Scottish Leaving Certificate Examination, 1952
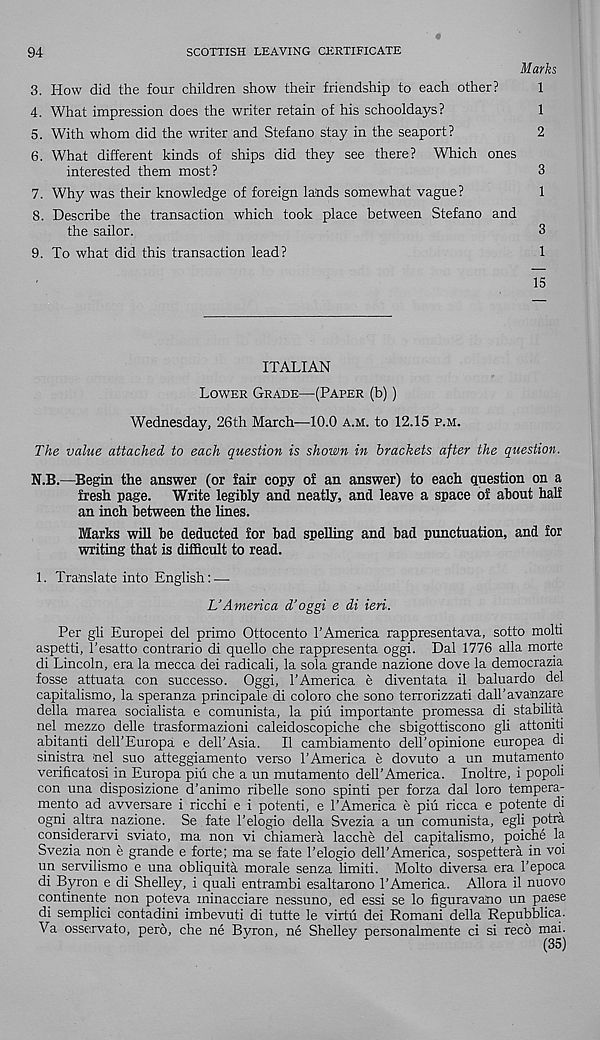
94
SCOTTISH LEAVING CERTIFICATE
Marks
3. How did the four children show their friendship to each other?
1
4. What impression does the writer retain of his schooldays?
1
5. With whom did the writer and Stefano stay in the seaport?
2
6. What different kinds of ships did they see there? Which ones
interested them most?
3
7. Why was their knowledge of foreign lands somewhat vague?
1
8. Describe the transaction which took place between Stefano and
the sailor.
3
9. To what did this transaction lead?
1
15
ITALIAN
Lower Grade—(Paper (b))
Wednesday, 26th March—10.0 a.m. to 12.15 p.m.
The value attached to each question is shown in brackets after the question.
N.B.—Begin the answer (or fair copy of an answer) to each question on a
fresh page. Write legibly and neatly, and leave a space of about half
an inch between the lines.
Marks will be deducted for bad spelling and bad punctuation, and for
writing that is difficult to read.
1. Translate into English: —
UAmerica d’oggi e di ieri.
Per gli Europe! del prime Ottocento TAmerica rappresentava, sotto molti
aspetti, T’esatto contrario di quello che rappresenta oggi. Dal 1776 alia mode
di Lincoln, era la mecca dei radical!, la sola grande nazione dove la democrazia
fosse attuata con successo. Oggi, I’America e diventata il baluardo del
capitalismo, la speranza principale di coloro che sono terrorizzati dall’avanzare
della marea socialista e comunista, la piu importante promessa di stabilita
nel mezzo delle trasformazioni caleidoscopiche che sbigottiscono gli attoniti
abitanti delTEuropa e dell’Asia. II cambiamento deU’opinione europea di
sinistra nel suo atteggiamento verso TAmerica e dovuto a un mutamento
verificatosi in Europa piu che a un mutamento delT America. Inoltre, i popoli
con una disposizione d’animo ribelle sono spinti per forza dal loro tempera-
mento ad avversare i ricchi e i potenti, e TAmerica e piu ricca e potente di
ogni altra nazione. Se fate Telogio della Svezia a un comunista, egli potra
considerarvi sviato, ma non vi chiamera lacche del capitalismo, poiche la
Svezia non e grande e forte; ma se fate Telogio delT America, sospettera in voi
un servilismo e una obliquita morale senza limiti. Molto diversa era Tepoca
di Byron e di Shelley, i quali entrambi esaltarono TAmerica. Allora il nuovo
continente non poteva minacciare nessuno, ed essi se lo figuravano un paese
di semplici contadini imbevuti di tutte le virtu dei Romani della Repubblica.
Va osservato, pero, che ne Byron, ne Shelley personalmente ci si reco mai.